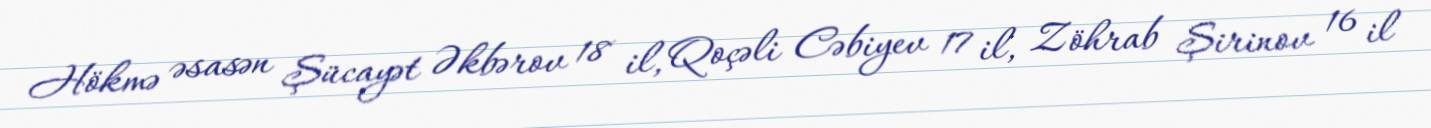
Hökmə əsasən Şücayət Əkbərov 18 il, Qoçəli Cəbiyev 17 il, Zöhrab Şirinov 16 il